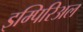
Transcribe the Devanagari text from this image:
इम्पिरिअल